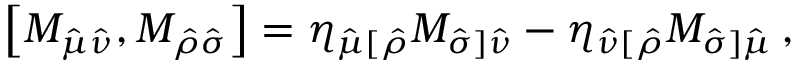
\left[ M _ { \hat { \mu } \hat { \nu } } , M _ { \hat { \rho } \hat { \sigma } } \right] = \eta _ { \hat { \mu } [ \hat { \rho } } M _ { \hat { \sigma } ] \hat { \nu } } - \eta _ { \hat { \nu } [ \hat { \rho } } M _ { \hat { \sigma } ] \hat { \mu } } \, ,